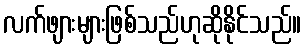
လက်ဖျားများဖြစ်သည်ဟုဆိုနိုင်သည်။